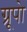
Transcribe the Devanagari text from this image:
ग्रूपो